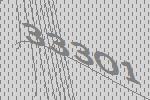
33301